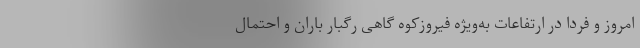
امروز و فردا در ارتفاعات به‌ویژه فیروزکوه گاهی رگبار باران و احتمال